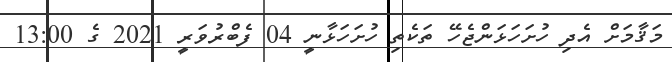
މަޤާމަށް އެދި ހުށަހަޅަންޖެހޭ ތަކެތި ހުށަހަޅާނީ 04 ފެބްރުވަރީ 2021 ގެ 13:00